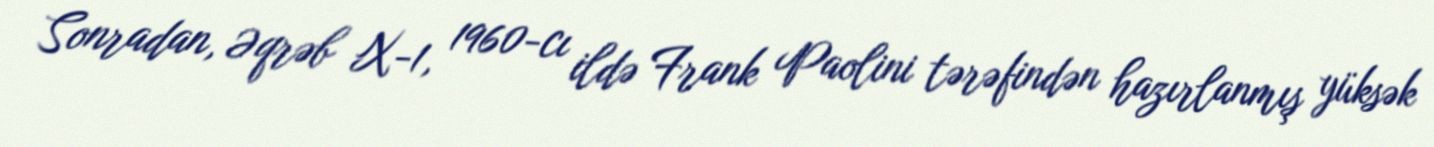
Sonradan, Əqrəb X-1, 1960-cı ildə Frank Paolini tərəfindən hazırlanmış yüksək